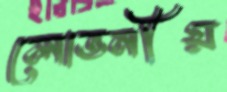
লোভনীয়